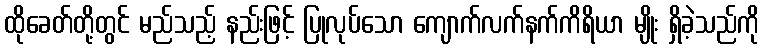
ထိုခေတ်တို့တွင် မည်သည့် နည်းဖြင့် ပြုလုပ်သော ကျောက်လက်နက်ကိရိယာ မျိုး ရှိခဲ့သည်ကို